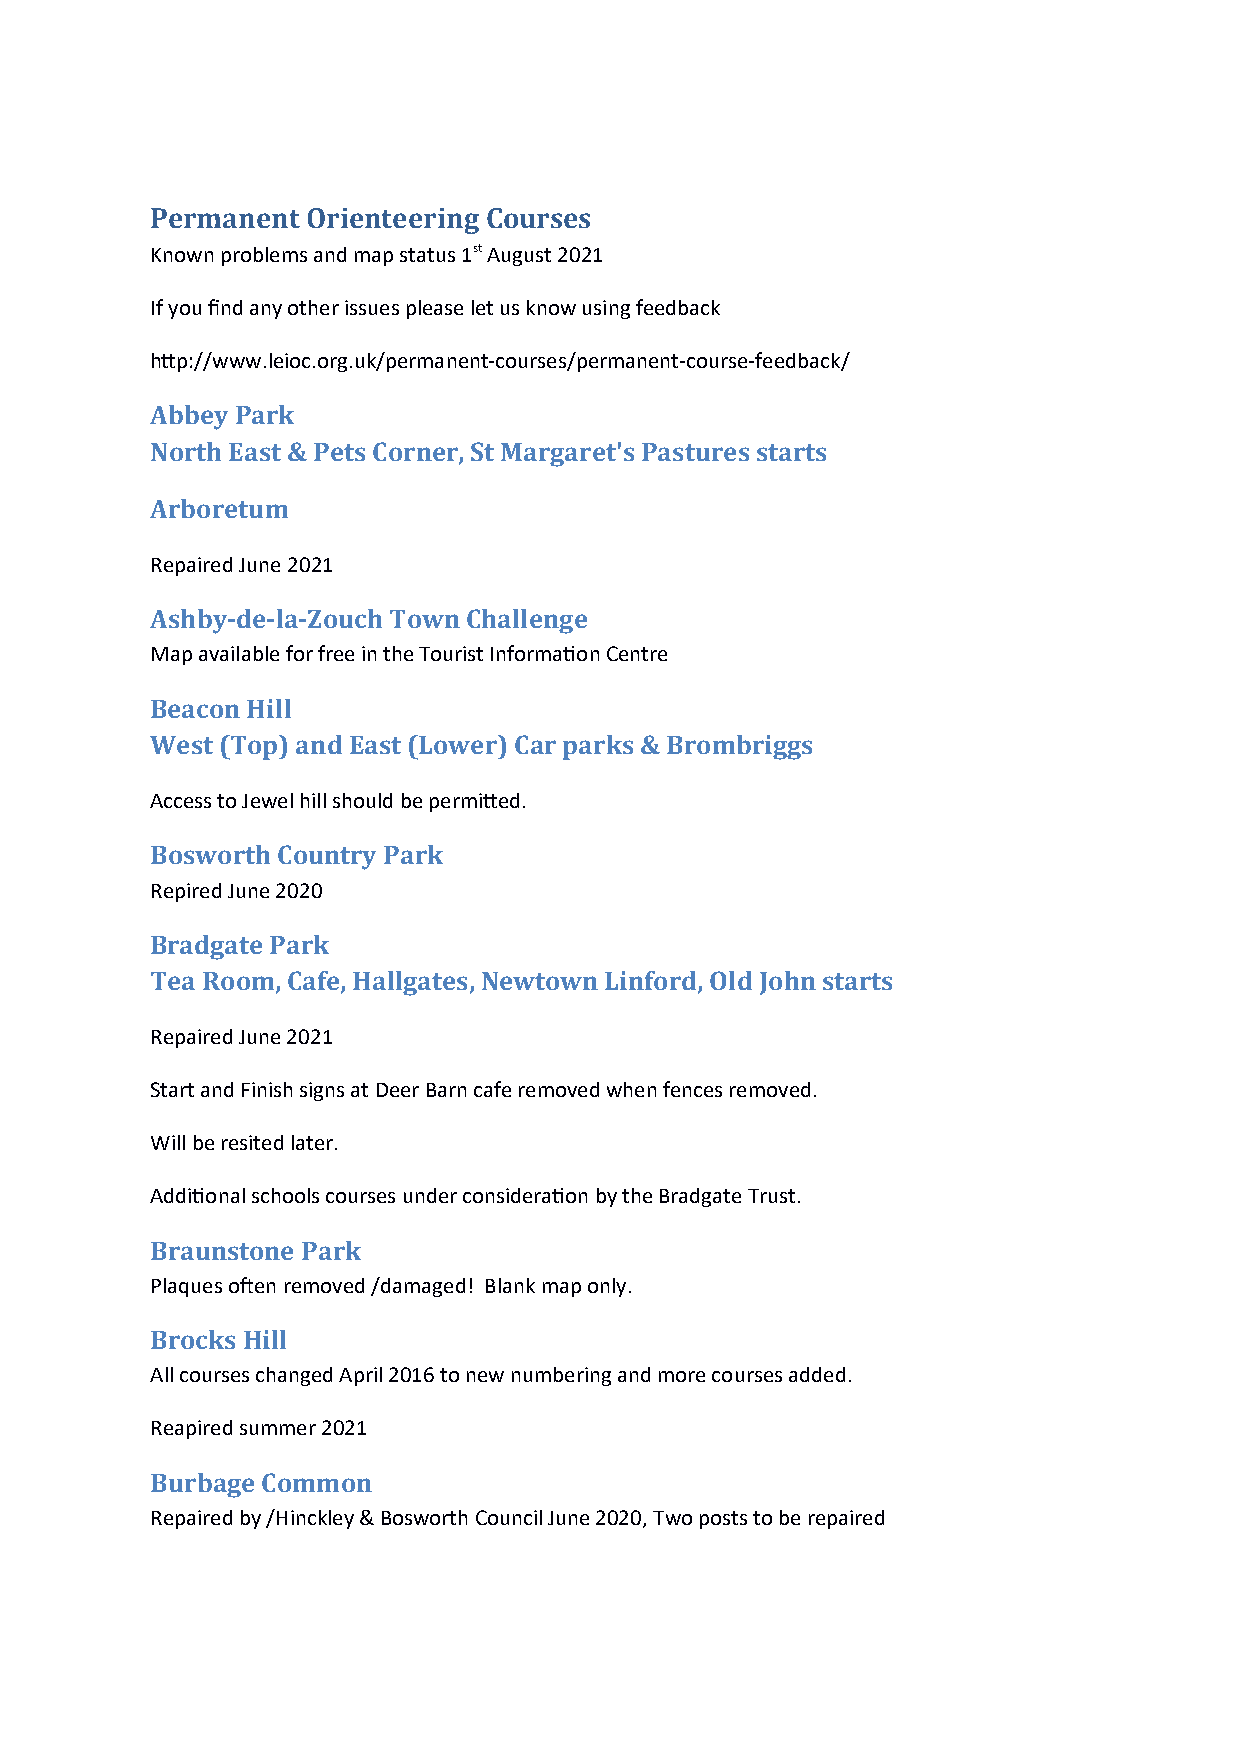
Permanent Orienteering Courses
 Known problems and map status 1st August 2021
 If you find any other issues please let us know using feedback
 http://www.leioc.org.uk/permanent-courses/permanent-course-feedback/
 Abbey Park
 North East & Pets Corner, St Margaret's Pastures starts
 Arboretum
 Repaired June 2021
 Ashby-de-la-Zouch Town Challenge
 Map available for free in the Tourist Information Centre
 Beacon Hill
 West (Top) and East (Lower) Car parks & Brombriggs
 Access to Jewel hill should be permitted.
 Bosworth Country Park
 Repired June 2020
 Bradgate Park
 Tea Room, Cafe, Hallgates, Newtown Linford, Old John starts
 Repaired June 2021
 Start and Finish signs at Deer Barn cafe removed when fences removed.
 Will be resited later.
 Additional schools courses under consideration by the Bradgate Trust.
 Braunstone Park
 Plaques often removed /damaged! Blank map only.
 Brocks Hill
 All courses changed April 2016 to new numbering and more courses added.
 Reapired summer 2021
 Burbage Common
 Repaired by /Hinckley & Bosworth Council June 2020, Two posts to be repaired